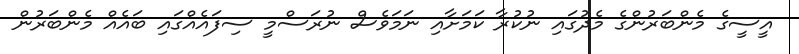
އީސީގެ މެންބަރުންގެ މެދުގައި ނުކުރާ ކަމަށާއި ނަމަވެސް ނުރަސްމީ ސިފައެއްގައި ބައެއް މެންބަރުން